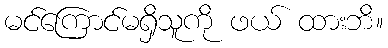
မင်ကြောင်မရှိသူကို ဖယ် ထားဘိ။